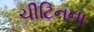
ચીટિનના